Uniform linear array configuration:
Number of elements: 24
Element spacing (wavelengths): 0.75
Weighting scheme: blackman
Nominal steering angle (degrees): -30
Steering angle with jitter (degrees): -30.989
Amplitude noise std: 0.05
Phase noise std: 0.05

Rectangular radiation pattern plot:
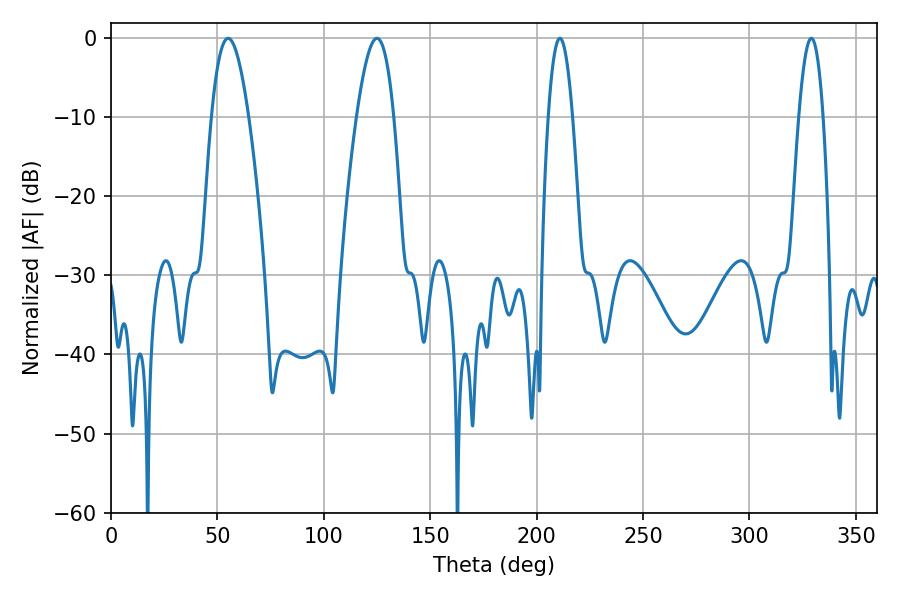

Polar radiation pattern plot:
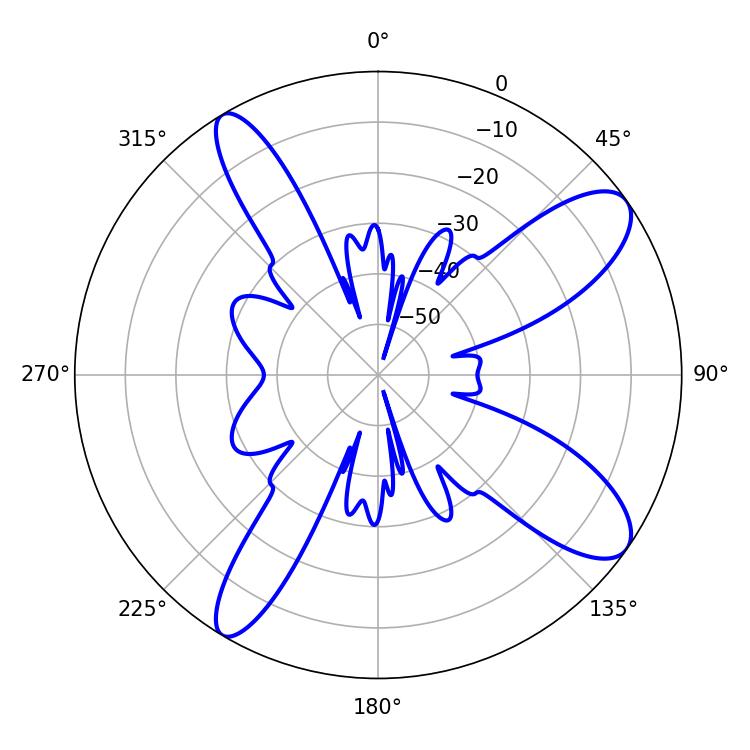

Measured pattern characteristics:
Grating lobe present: TRUE
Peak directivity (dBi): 10.628
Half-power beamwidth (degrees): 9.54
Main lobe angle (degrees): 55.08